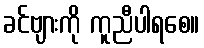
ခင်ဗျားကို ကူညီပါရစေ။